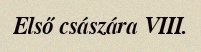
Első császára VIII.